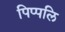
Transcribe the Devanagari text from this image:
पिप्पलि